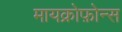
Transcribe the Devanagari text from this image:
मायक्रोफ़ोन्स